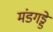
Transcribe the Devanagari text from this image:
मंडगड्डे